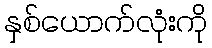
နှစ်ယောက်လုံးကို